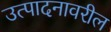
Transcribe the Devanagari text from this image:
उत्पादनावरील